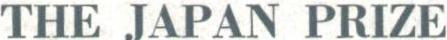
THE JAPAN PRIZE